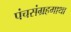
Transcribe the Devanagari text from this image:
पंचसंग्रहगाथा